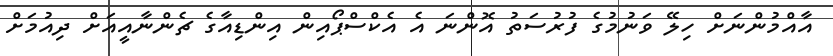
އާއްމުންނަށް ހިލޭ ވަނުމުގެ ފުރުސަތު އޮންނަ އެ އެކްސްޕޯއިން އިންޑިއާގެ ޗެންނާއީއަށް ދިއުމަށް